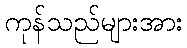
ကုန်သည်များအား